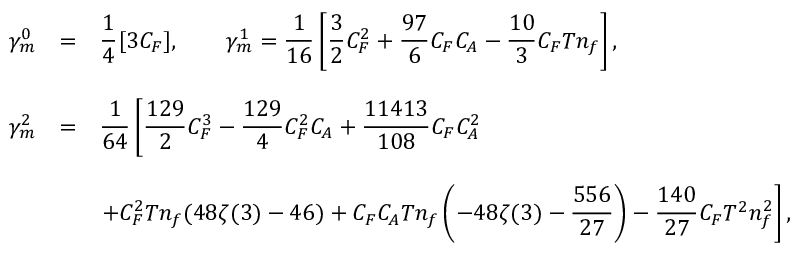
\begin{array} { l l l } { { \displaystyle \gamma _ { m } ^ { 0 } } } & { { = } } & { { \displaystyle \frac { 1 } { 4 } [ 3 C _ { F } ] , \ \ \ \ \ \ \gamma _ { m } ^ { 1 } = \displaystyle \frac { 1 } { 1 6 } \left[ \frac { 3 } { 2 } C _ { F } ^ { 2 } + \frac { 9 7 } { 6 } C _ { F } C _ { A } - \frac { 1 0 } { 3 } C _ { F } T n _ { f } \right] { } , } } \\ { { { } } } \\ { { \displaystyle \gamma _ { m } ^ { 2 } } } & { { = } } & { { \displaystyle \frac { 1 } { 6 4 } \left[ \frac { 1 2 9 } { 2 } C _ { F } ^ { 3 } - \frac { 1 2 9 } { 4 } C _ { F } ^ { 2 } C _ { A } + \frac { 1 1 4 1 3 } { 1 0 8 } C _ { F } C _ { A } ^ { 2 } \right. } } \\ { { \displaystyle { } } } \\ { { } } & { { } } & { { \displaystyle \left. + C _ { F } ^ { 2 } T n _ { f } ( 4 8 \zeta ( 3 ) - 4 6 ) + C _ { F } C _ { A } T n _ { f } \left( - 4 8 \zeta ( 3 ) - \frac { 5 5 6 } { 2 7 } \right) - \frac { 1 4 0 } { 2 7 } C _ { F } T ^ { 2 } n _ { f } ^ { 2 } \right] { } , } } \end{array}